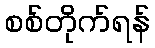
စစ်တိုက်ရန်